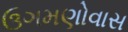
ઉગમણોવાસ